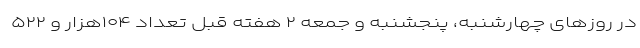
در روزهای چهارشنبه، پنجشنبه و جمعه ۲ هفته قبل تعداد ۱۰۴هزار و ۵۲۲